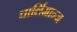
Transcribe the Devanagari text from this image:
चार्लिमान्ज